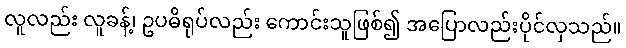
လူလည်း လူခန့်၊ ဥပဓိရုပ်လည်း ကောင်းသူဖြစ်၍ အပြောလည်းပိုင်လှသည်။